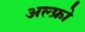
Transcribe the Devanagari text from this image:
अल्फ्रो